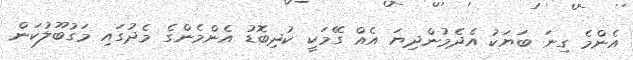
އެންމެ ގިނަ ބަޔަކު އެދެމުންދިޔަ އެއް ގޭމަކީ ކުދިބޮޑު އެންމެންގެ މެދުގައި މަގުބޫލުކަން